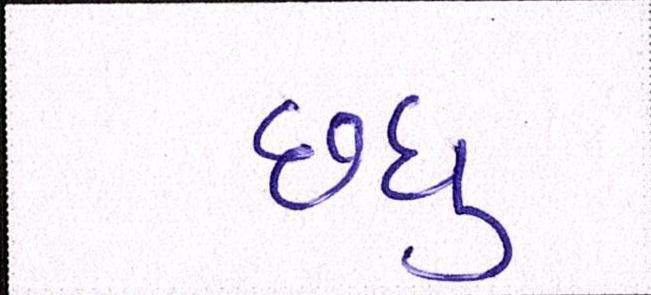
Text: છધુ